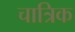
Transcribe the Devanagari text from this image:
चात्रिक